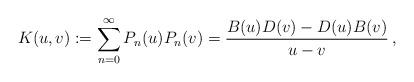
LaTeX: \begin{align*}K(u,v):=\sum_{n=0}^{\infty}P_{n}(u)P_{n}(v)=\frac{B(u)D(v)-D(u)B(v)}{u-v}\,,\end{align*}